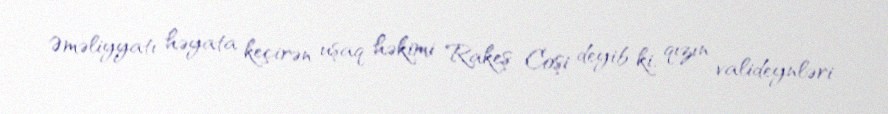
Əməliyyatı həyata keçirən uşaq həkimi Rakeş Coşi deyib ki, qızın valideynləri